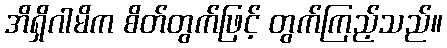
အိရှိဂါမိက စိတ်တွက်ဖြင့် တွက်ကြည့်သည်။